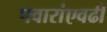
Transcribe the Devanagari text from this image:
पवारांएवढी